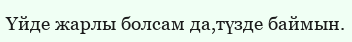
Үйде жарлы болсам да,түзде баймын.